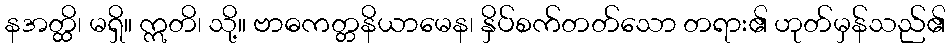
နအတ္ထိ၊ မရှိ။ ဣတိ၊ သို့။ ဗာဓကတ္တနိယာမေန၊ နှိပ်စက်တတ်သော တရား၏ ဟုတ်မှန်သည်၏